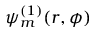
\psi _ { m } ^ { ( 1 ) } ( r , \phi )